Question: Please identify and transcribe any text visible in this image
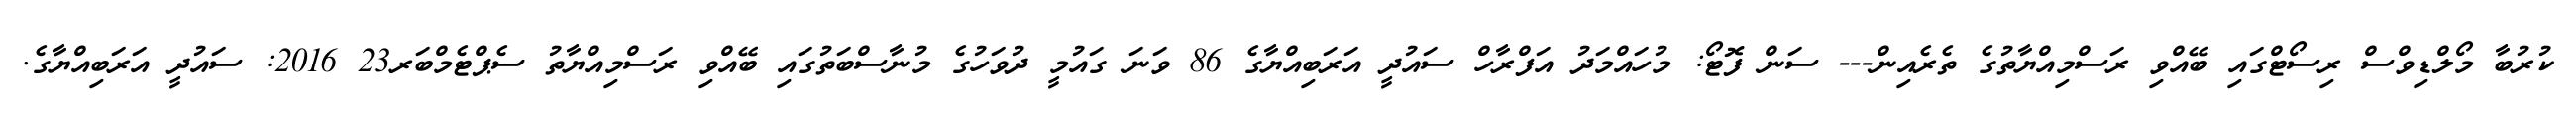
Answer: ކުރުބާ މޯލްޑިވްސް ރިސޯޓްގައި ބޭއްވި ރަސްމިއްޔާތުގެ ތެރެއިން--- ސަން ފޮޓޯ: މުހައްމަދު އަފްރާހް ސައުދީ އަރަބިއްޔާގެ 86 ވަނަ ގައުމީ ދުވަހުގެ މުނާސްބަތުގައި ބޭއްވި ރަސްމިއްޔާތު ސެޕްޓެމްބަރ23 2016: ސައުދީ އަރަބިއްޔާގެ.